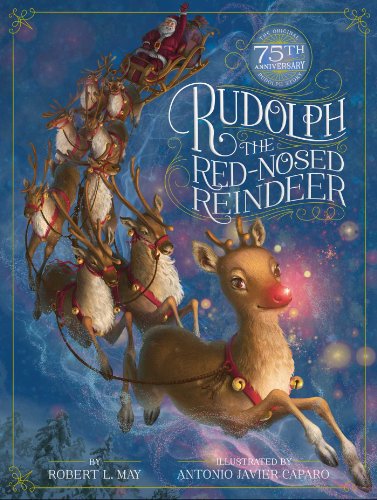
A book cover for Rudolph the Red-Nosed Reindeer; Robert L. May; Children's Books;